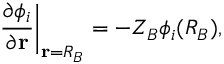
\frac { \partial \phi _ { i } } { \partial \mathbf { r } } \bigg | _ { \mathbf { r } = R _ { B } } = - Z _ { B } \phi _ { i } ( R _ { B } ) ,